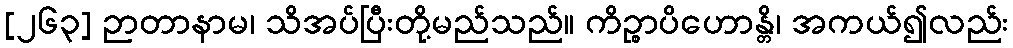
[၂၆၃] ဉာတာနာမ၊ သိအပ်ပြီးတို့မည်သည်။ ကိဉ္စာပိဟောန္တိ၊ အကယ်၍လည်း